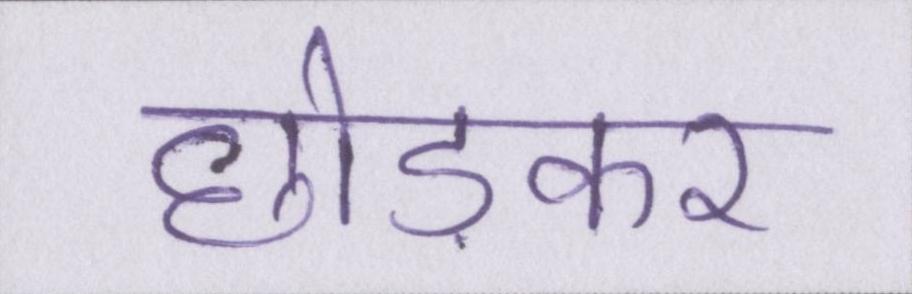
छोङकर